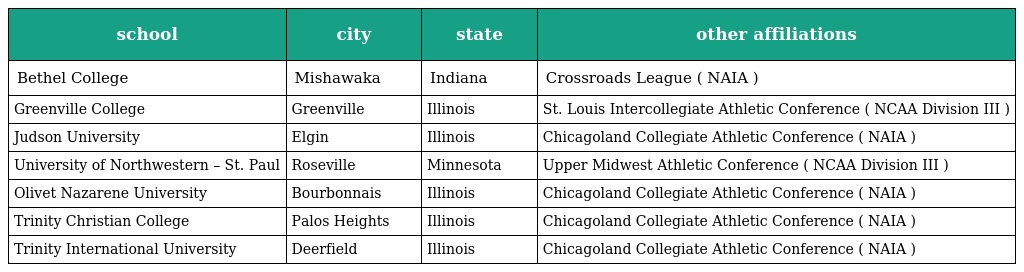
| school | city | state | other affiliations |
 | --- | --- | --- | --- |
 | Bethel College | Mishawaka | Indiana | Crossroads League ( NAIA ) |
 | Greenville College | Greenville | Illinois | St. Louis Intercollegiate Athletic Conference ( NCAA Division III ) |
 | Judson University | Elgin | Illinois | Chicagoland Collegiate Athletic Conference ( NAIA ) |
 | University of Northwestern – St. Paul | Roseville | Minnesota | Upper Midwest Athletic Conference ( NCAA Division III ) |
 | Olivet Nazarene University | Bourbonnais | Illinois | Chicagoland Collegiate Athletic Conference ( NAIA ) |
 | Trinity Christian College | Palos Heights | Illinois | Chicagoland Collegiate Athletic Conference ( NAIA ) |
 | Trinity International University | Deerfield | Illinois | Chicagoland Collegiate Athletic Conference ( NAIA ) |